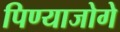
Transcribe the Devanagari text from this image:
पिण्याजोगे